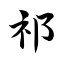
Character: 祁